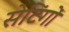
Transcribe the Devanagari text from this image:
सेटिंगों